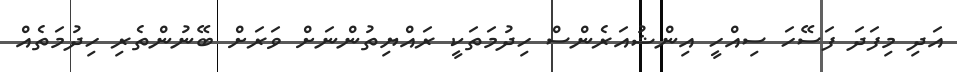
އަދި މިފަދަ ފަސޭހަ ސިއްހީ އިންޝުއަރެންސް ހިދުމަތަކީ ރައްޔިތުންނަށް ވަރަށް ބޭނުންތެރި ހިދުމަތެއް